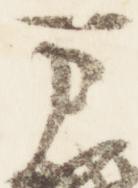
万